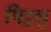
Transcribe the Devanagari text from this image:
पिट्टलु